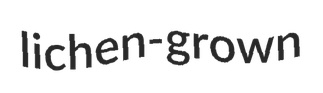
lichen-grown